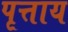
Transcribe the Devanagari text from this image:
पृत्ताय